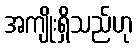
အကျိုးရှိသည်ဟု